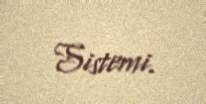
Sistemi.